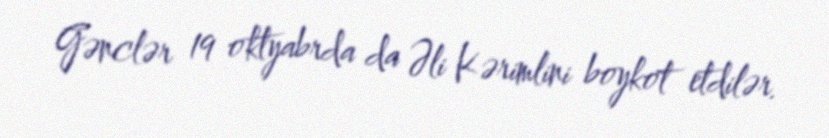
Gənclər 19 oktyabrda da Əli Kərimlini boykot etdilər.